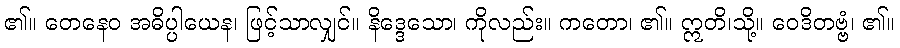
၏။ တေနေဝ အဓိပ္ပါယေန၊ ဖြင့်သာလျှင်။ နိဒ္ဒေသော၊ ကိုလည်း။ ကတော၊ ၏။ ဣတိ၊သို့။ ဝေဒိတဗ္ဗံ၊ ၏။